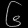
Digit: ၆